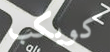
كويكب